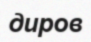
диров